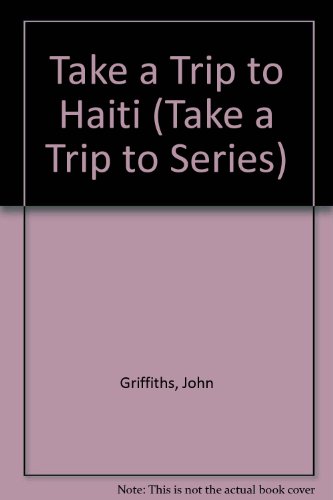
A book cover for Take a Trip to Haiti (Take a Trip to Series); John Griffiths; Travel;